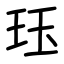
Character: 珏